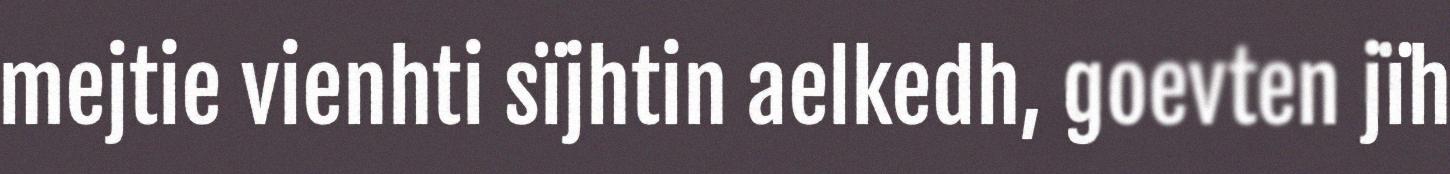
mejtie vienhti sïjhtin aelkedh, goevten jïh